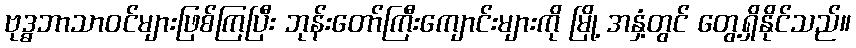
ဗုဒ္ဓဘာသာဝင်များဖြစ်ကြပြီး ဘုန်းတော်ကြီးကျောင်းများကို မြို့ အနှံ့တွင် တွေ့ရှိနိုင်သည်။